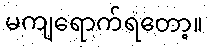
မကျရောက်ရတော့။